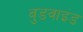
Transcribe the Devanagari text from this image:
वुडवाइंड